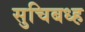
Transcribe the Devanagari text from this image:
सुचिबध्ह